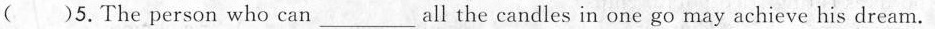
( )5.The person who can___all the candles in one go may achieve his dream.